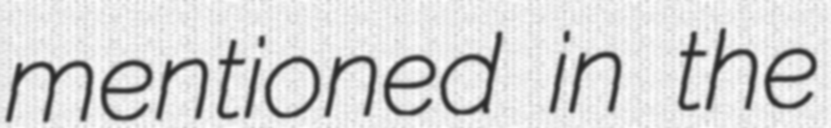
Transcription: mentioned in the